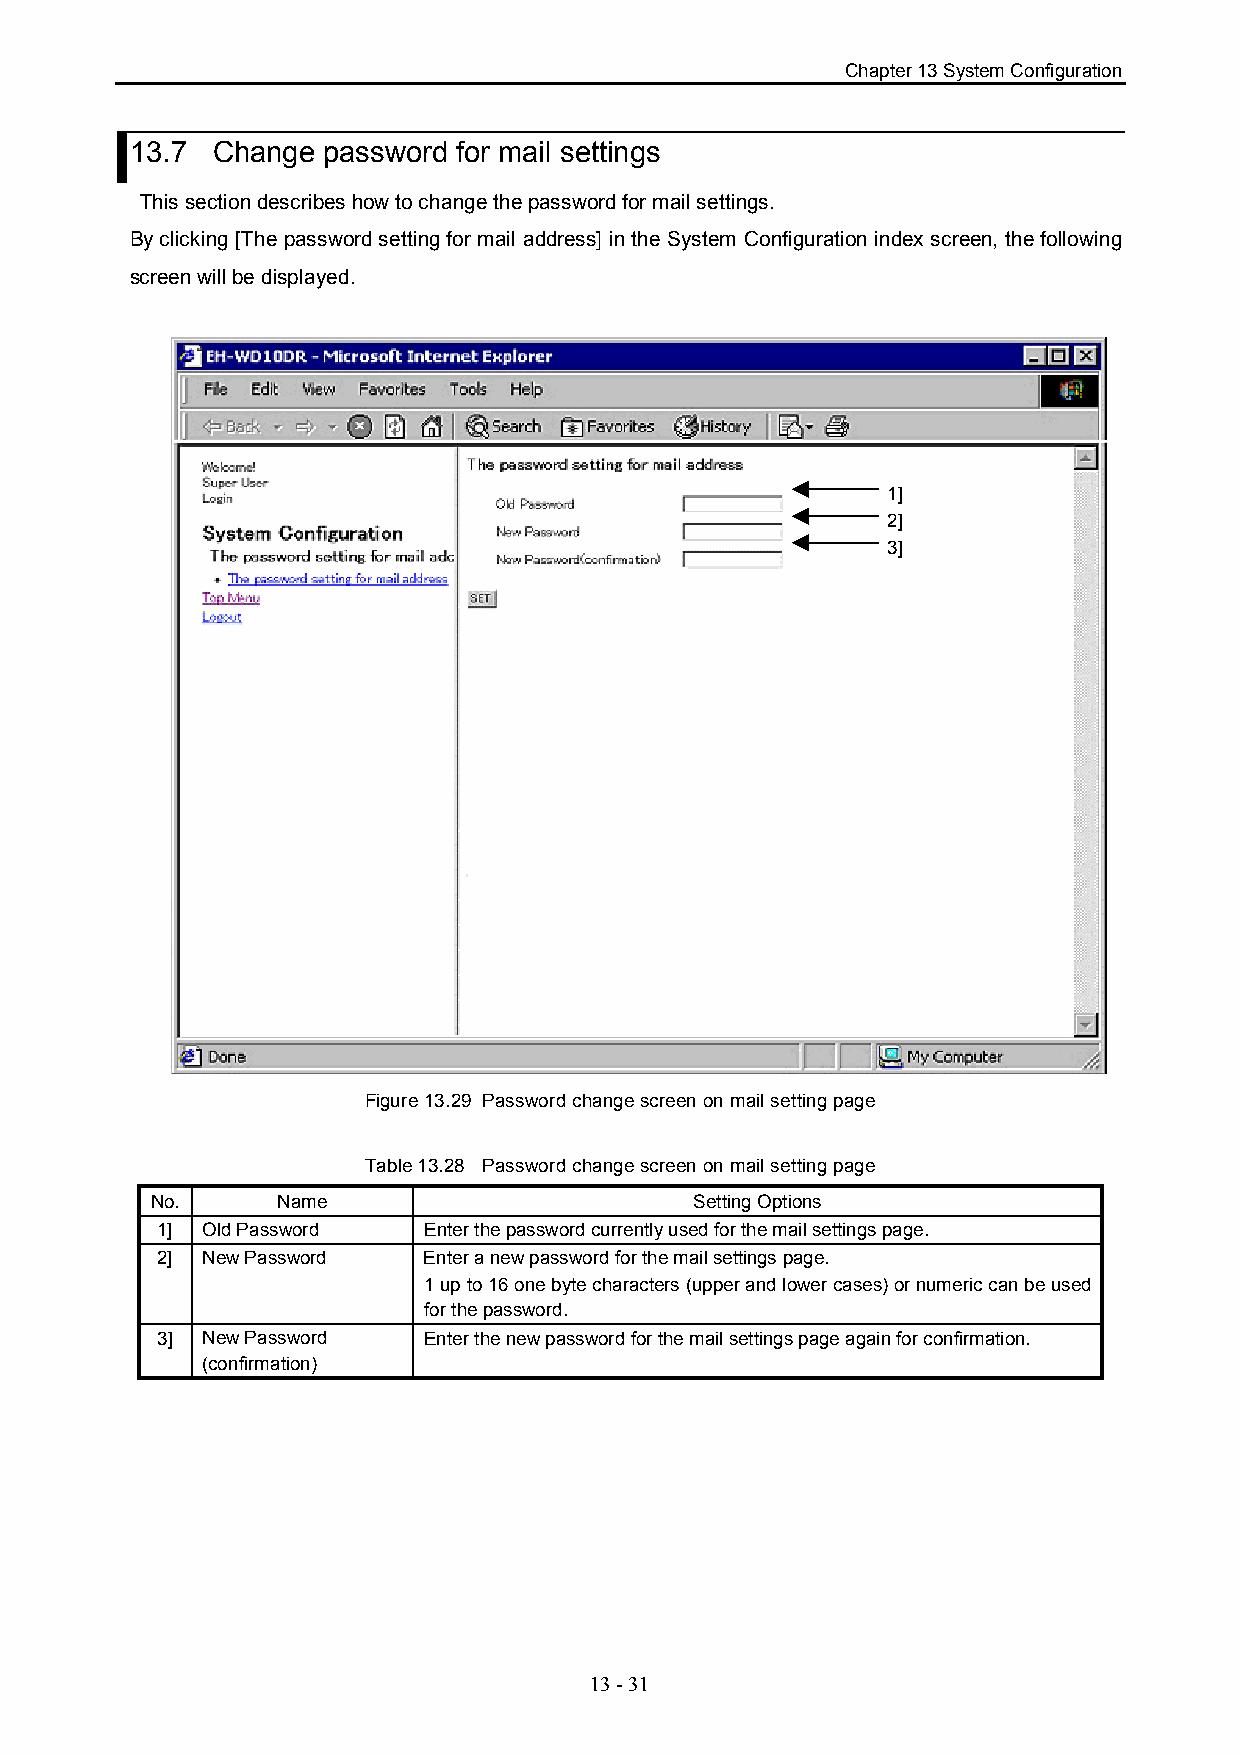
Chapter 13 System Configuration
 13.7 Change password for mail settings
 This section describes how to change the password for mail settings.
 By clicking [The password setting for mail address] in the System Configuration index screen, the following
 screen will be displayed.
 1]
 2]
 3]
 Figure 13.29 Password change screen on mail setting page
 Table 13.28 Password change screen on mail setting page
 No.     Name                        Setting Options
 1] Old Password   Enter the password currently used for the mail settings page.
 2] New Password   Enter a new password for the mail settings page.
 1 up to 16 one byte characters (upper and lower cases) or numeric can be used
 for the password.
 3] New Password   Enter the new password for the mail settings page again for confirmation.
 (confirmation)
 13 - 31